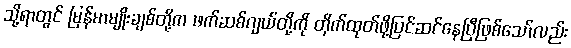
သို့ရာတွင် မြန်မာမျိုးချစ်တို့က ဖက်ဆစ်ဂျယ်တို့ကို တိုက်ထုတ်ဖို့ပြင်ဆင်နေပြီဖြစ်သော်လည်း